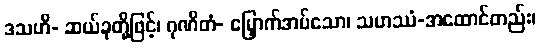
ဒသဟိ- ဆယ်ခုတို့ဖြင့်၊ ဂုဏိတံ- မြှောက်အပ်သော၊ သဟဿံ-အထောင်တည်း၊